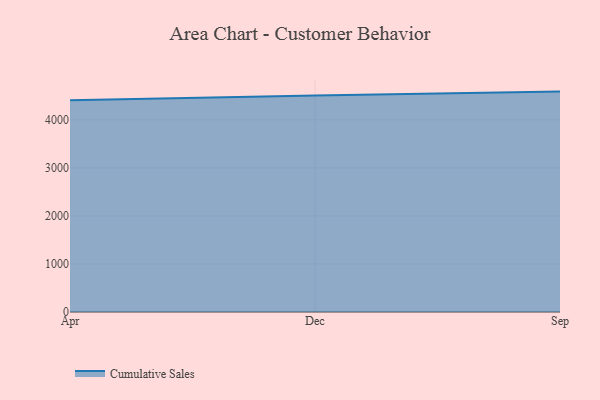
{"axis": {"x": "Month", "y": "Customer Acquisition Cost (USD)"}, "legend": ["Cumulative Sales"], "data": [{"x": "Apr", "y": 4404.7, "type": "Cumulative Sales"}, {"x": "Dec", "y": 4508.6, "type": "Cumulative Sales"}, {"x": "Sep", "y": 4587.2, "type": "Cumulative Sales"}]}